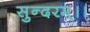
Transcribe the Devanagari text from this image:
सुन्दरम्।।